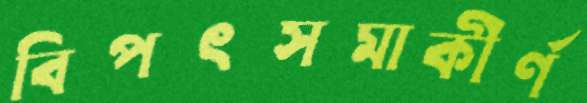
বিপৎসমাকীর্ণ